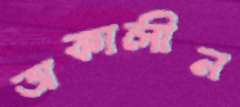
অকালীন